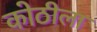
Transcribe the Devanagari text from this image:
कोठीला